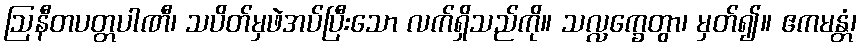
ဩနီတပတ္တပါဏီ၊ သပိတ်မှဖဲအပ်ပြီးသော လက်ရှိသည်ကို။ သလ္လက္ခေတွာ၊ မှတ်၍။ ဧကမန္တံ၊